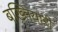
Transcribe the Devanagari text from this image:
बख्तियारी